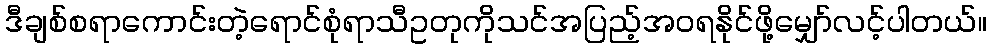
ဒီချစ်စရာကောင်းတဲ့ရောင်စုံရာသီဥတုကိုသင်အပြည့်အဝရနိုင်ဖို့မျှော်လင့်ပါတယ်။